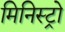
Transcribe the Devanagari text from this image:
मिनिस्ट्रो